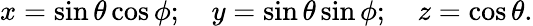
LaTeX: x=\sin\theta\cos\phi;\quad y=\sin\theta\sin\phi;\quad z=\cos\theta.